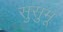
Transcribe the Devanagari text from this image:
सुसुमू